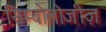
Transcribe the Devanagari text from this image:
सिम्बोलोजीज़